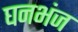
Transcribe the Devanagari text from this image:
घनभंज